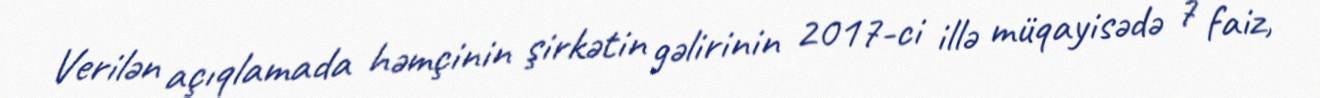
Verilən açıqlamada həmçinin şirkətin gəlirinin 2017-ci illə müqayisədə 7 faiz,